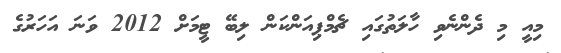
މިއީ މި ދެންނެވި ހާލަތުގައި ޗެމްޕިއަންކަން ލިބޭ ޓީމަށް 2012 ވަނަ އަހަރުގެ